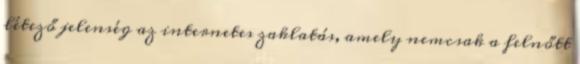
létező jelenség az internetes zaklatás, amely nemcsak a felnőtt